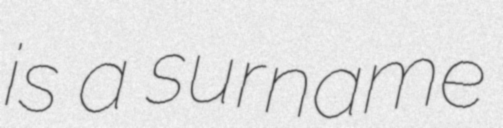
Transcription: is a surname